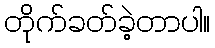
တိုက်ခတ်ခဲ့တာပါ။